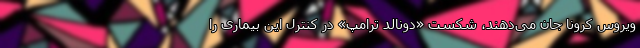
ویروس کرونا جان می‌دهند، شکست «دونالد ترامپ» در کنترل این بیماری را